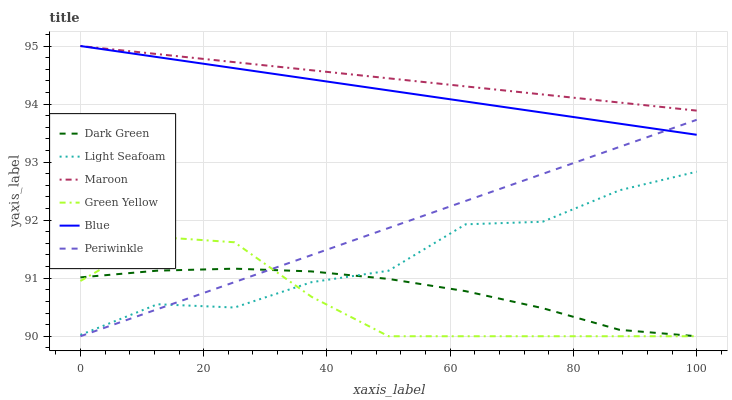
| xaxis_label | Dark Green | Light Seafoam | Maroon | Green Yellow | Blue | Periwinkle |
 | --- | --- | --- | --- | --- | --- | --- |
 | 0 | 91 | 90 | 95 | 91 | 95 | 90 |
 | 12.5 | 91.1 | 90.6 | 94.9 | 91.7 | 94.8 | 90.5 |
 | 25 | 91.2 | 90.5 | 94.7 | 91.6 | 94.6 | 90.9 |
 | 37.5 | 91.1 | 90.9 | 94.6 | 90.7 | 94.4 | 91.4 |
 | 50 | 91 | 91.1 | 94.4 | 90 | 94.2 | 91.9 |
 | 62.5 | 90.8 | 91.9 | 94.3 | 90 | 94 | 92.3 |
 | 75 | 90.5 | 92 | 94.2 | 90 | 93.9 | 92.8 |
 | 87.5 | 90.1 | 92.5 | 94 | 90 | 93.7 | 93.3 |
 | 100 | 90 | 92.8 | 93.9 | 90 | 93.5 | 93.7 |